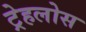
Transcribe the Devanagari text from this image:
ट्रेहलोस